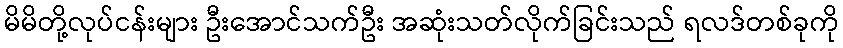
မိမိတို့လုပ်ငန်းများ ဦးအောင်သက်ဦး အဆုံးသတ်လိုက်ခြင်းသည် ရလဒ်တစ်ခုကို